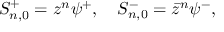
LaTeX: S _ { n , 0 } ^ { + } = z ^ { n } \psi ^ { + } , \quad S _ { n , 0 } ^ { - } = \bar { z } ^ { n } \psi ^ { - } ,